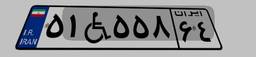
۲۴W۹۶۱۷۳